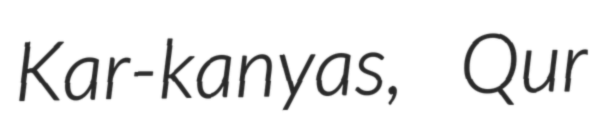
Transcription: Kar-kanyas, Qur